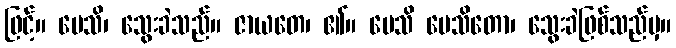
ဖြင့်။ ပေသိ၊ သွေးခဲသည်။ ဇာယတေ၊ ၏။ ပေသိ ပေသိတော၊ သွေးခဲဖြစ်သည်မှ။